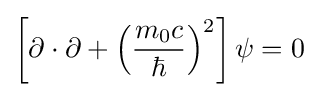
\left[\mathbf {\partial } \cdot \mathbf {\partial } +\left({\frac {m_{0}c}{\hbar }}\right)^{2}\right]\psi =0